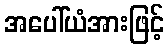
အပေါ်ယံအားဖြင့်